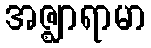
အဇ္ဈာရာမာ